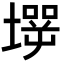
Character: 𡑇